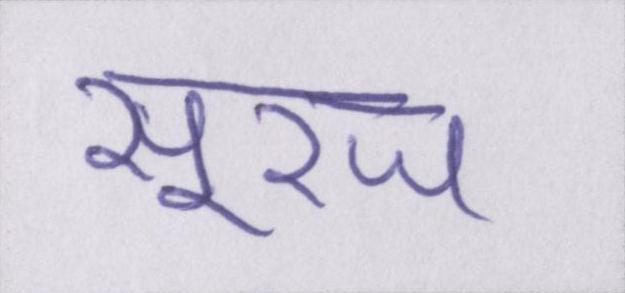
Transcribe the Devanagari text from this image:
सूरज